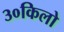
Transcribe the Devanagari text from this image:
३०किलो